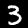
Digit: 3